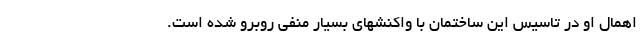
اهمال او در تاسیس این ساختمان با واکنشهای بسیار منفی روبرو شده است.